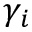
\gamma _ { i }